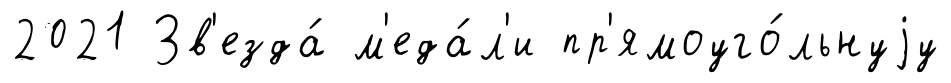
2021 Зв'езда́ м'еда́л'и пр'ямоуго́льнуjу